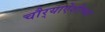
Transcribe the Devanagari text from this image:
चौर्‍याऐंशीच्या